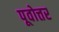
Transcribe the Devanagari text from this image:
पूवोत्तर